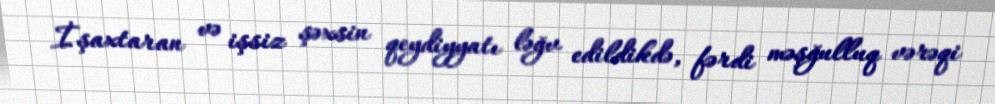
İşaxtaran və işsiz şəxsin qeydiyyatı ləğv edildikdə, fərdi məşğulluq vərəqi